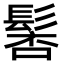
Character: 𩭸